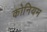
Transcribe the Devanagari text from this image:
कोनियम